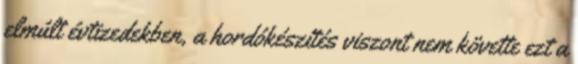
elmúlt évtizedekben, a hordókészítés viszont nem követte ezt a